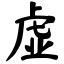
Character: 虚